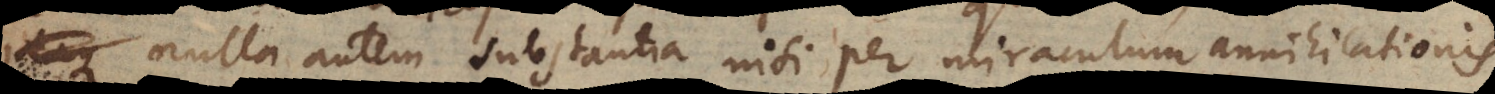
nulla autem substantia nisi per miraculum annihilationis